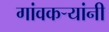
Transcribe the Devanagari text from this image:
गांवकऱ्यांनी